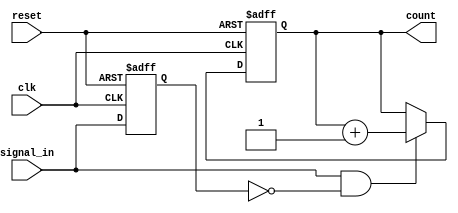
module edge_counter (
    input wire clk,                // Clock signal
    input wire reset,              // Active-high asynchronous reset
    input wire signal_in,          // Input signal to detect edges
    output reg [7:0] count         // 8-bit output count (adjust size as needed)
);

    // Parameter to choose edge detection type
    parameter RISING_EDGE = 1'b1;  // Set to 1 for rising edge detection, 0 for falling edge
    reg signal_in_prev;             // Previous state of signal_in

    // Asynchronous reset and edge detection logic
    always @(posedge clk or posedge reset) begin
        if (reset) begin
            count <= 8'b0;          // Reset count to 0
            signal_in_prev <= 1'b0; // Initialize previous signal state
        end else begin
            // Edge detection logic
            if (RISING_EDGE) begin
                // Rising edge detection
                if (signal_in && !signal_in_prev) begin
                    count <= count + 1; // Increment count on rising edge
                end
            end else begin
                // Falling edge detection
                if (!signal_in && signal_in_prev) begin
                    count <= count + 1; // Increment count on falling edge
                end
            end
            
            // Update previous signal state
            signal_in_prev <= signal_in;
        end
    end

endmodule